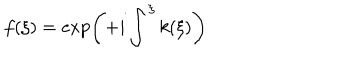
f ( \xi ) = \exp \left( + i \int ^ { \xi } k ( \xi ) \right)